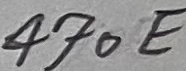
Text: 470E